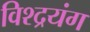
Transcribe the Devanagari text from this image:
विश्द्रयंग